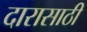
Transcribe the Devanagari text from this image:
दारासाठी